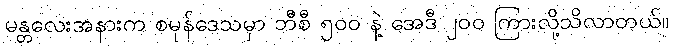
မန္တလေးအနားက စမုန်ဒေသမှာ ဘီစီ ၅ဝဝ နဲ့ အေဒီ ၂ဝဝ ကြားလို့သိလာတယ်။